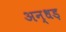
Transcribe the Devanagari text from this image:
अन्धड़